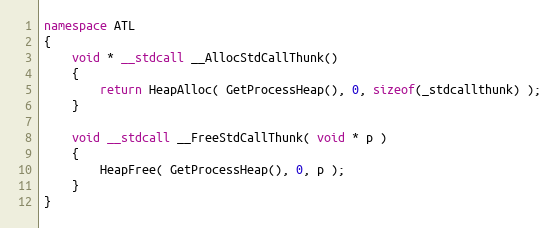
Language: C++
namespace ATL
{
    void * __stdcall __AllocStdCallThunk()
    {
        return HeapAlloc( GetProcessHeap(), 0, sizeof(_stdcallthunk) );
    }

    void __stdcall __FreeStdCallThunk( void * p )
    {
        HeapFree( GetProcessHeap(), 0, p );
    }
}